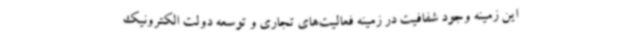
این زمینه وجود شفافیت در زمینه فعالیت‌های تجاری و توسعه دولت الکترونیک